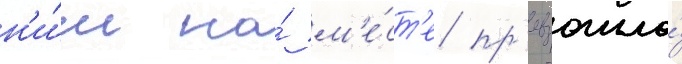
н'и́м на́ м'е́ст'е пр'евзошло́